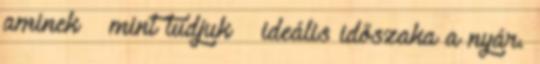
aminek – mint tudjuk – ideális időszaka a nyár.